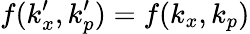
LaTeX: f(k_{x}^{\prime},k_{p}^{\prime})=f(k_{x},k_{p})